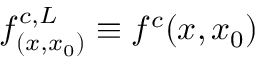
f _ { ( x , x _ { 0 } ) } ^ { c , L } \equiv f ^ { c } ( x , x _ { 0 } )